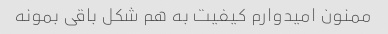
ممنون امیدوارم کیفیت به هم شکل باقی بمونه